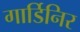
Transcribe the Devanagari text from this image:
गार्डिनिर